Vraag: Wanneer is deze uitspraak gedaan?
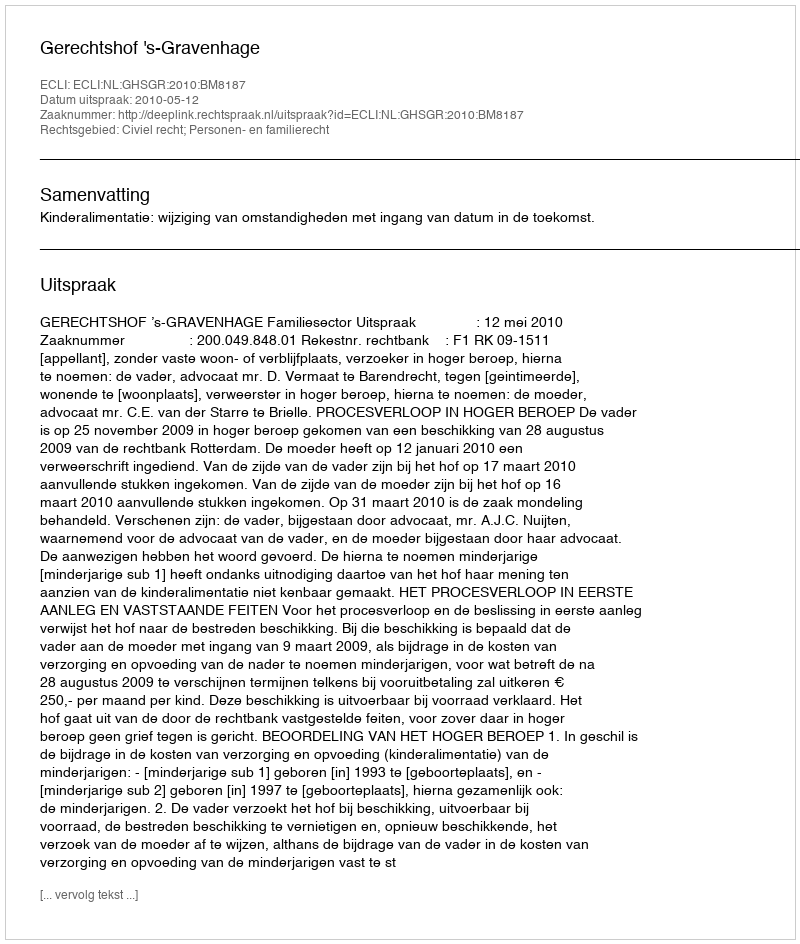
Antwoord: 2010-05-12